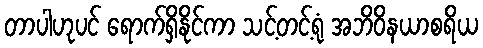
တာပါဟုပင် ရောက်ရှိနိုင်ကာ သင့်တင့်ရုံ အဘိဝိနယာစရိယ